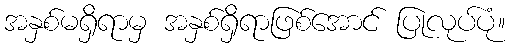
အနှစ်မရှိရာမှ အနှစ်ရှိရာဖြစ်အောင် ပြုလုပ်ပုံ။